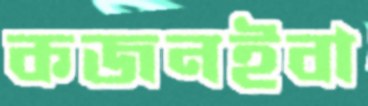
কজনইবা